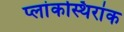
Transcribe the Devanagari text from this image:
प्लांकस्थिरांक